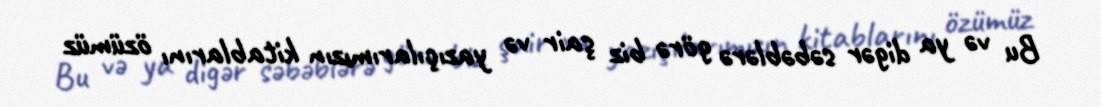
Bu və ya digər səbəblərə görə biz şair və yazıçılarımızın kitablarını özümüz